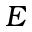
E